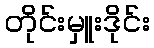
တိုင်းမှူးဒိုင်း